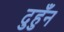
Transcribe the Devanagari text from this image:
दुहुँन